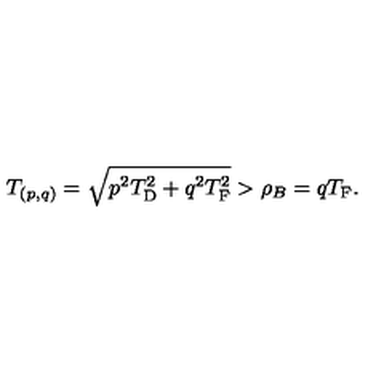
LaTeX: T _ { ( p , q ) } = \sqrt { p _ { \vphantom D } ^ { 2 } T _ { \mathrm { D } } ^ { 2 } + q _ { \vphantom D } ^ { 2 } T _ { \mathrm { F } } ^ { 2 } } > \rho _ { B } = q T _ { \mathrm { F } } .